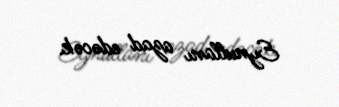
Eynullanı azad edəcək.